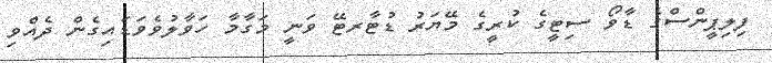
ފިލިޕީންސްގެ ޑާވޯ ސިޓީގެ ކުރީގެ މޭޔަރު ޑުޓާރޓޭ ވަނީ މަގާމާ ހަވާލުވެވަޑައިގެން ދެއްވި